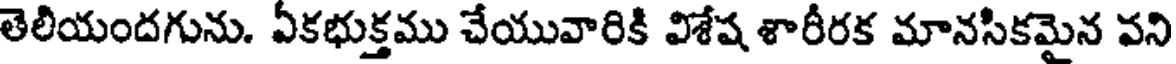
తెలియందగును. ఏకభుక్తము చేయువారికి విశేష శారీరక మానసికమైన వని